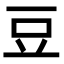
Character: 豆